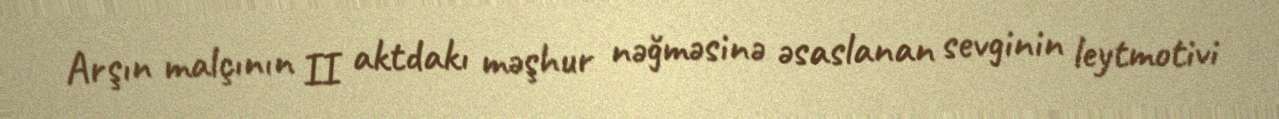
Arşın malçının II aktdakı məşhur nəğməsinə əsaslanan sevginin leytmotivi